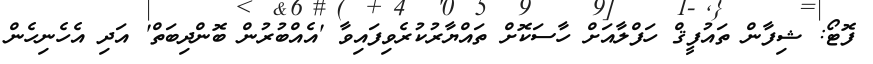
ފޮޓޯ: ޝިފާން ތައުފީޤް ހަފްލާއަށް ހާސަކޮށް ތައްޔާރުކުރެވިފައިވާ 'އެއްބުރުން ބޮންދިބަތް' އަދި އެހެނިހެން